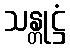
သန္တုဋ္ဌံ